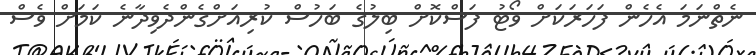
ނެތްނަމަ އެހެން ފަހަރަކަށް ވޯޓު ފަސްކޮށް ބިލުގެ ބަހުސް ކުރިއަށްގެންދެވިދާނެ ކަމަށް ވެސް